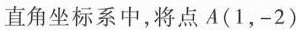
直角坐标系中，将点A(1，-2)